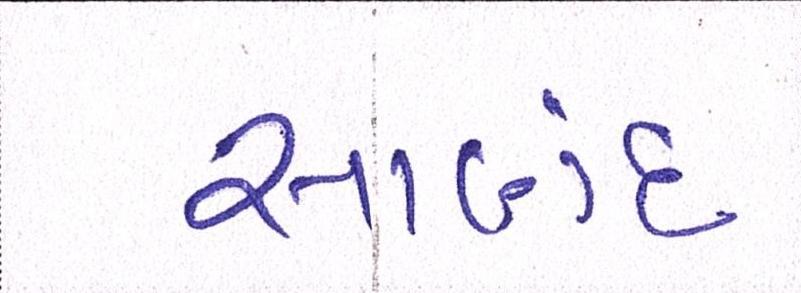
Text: સાણંદ